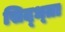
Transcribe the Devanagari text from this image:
सिद्ध्ता